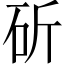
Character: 斫